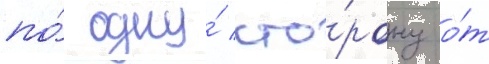
по́ одну́ сто́рону о́т